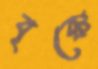
বৃক্কে